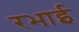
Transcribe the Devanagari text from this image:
रभाई